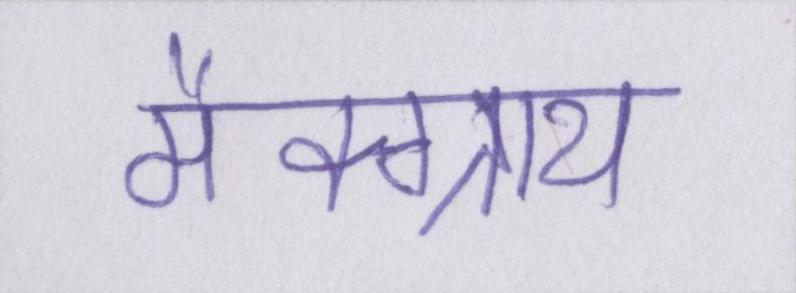
मैक्ग्राथ